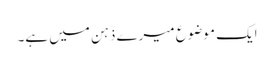
ایک موضوع میرے ذہن میں ہے۔